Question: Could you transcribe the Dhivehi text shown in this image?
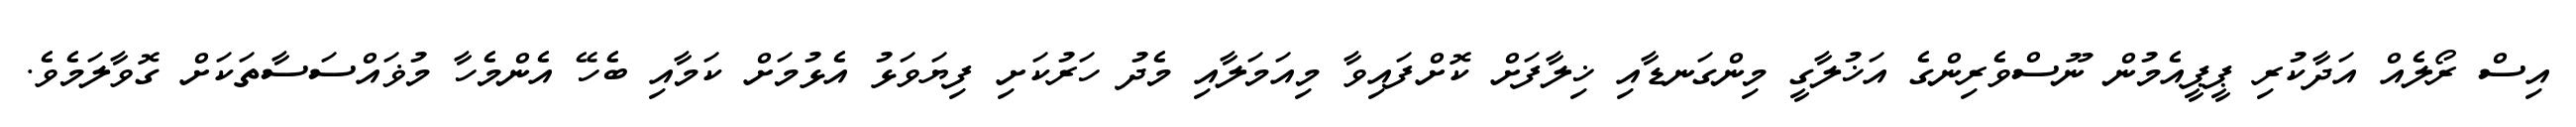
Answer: އިސް ރޯލެއް އަދާކުރި ޕީޕީއެމުން ނޫސްވެރިންގެ އަޚުލާގީ މިންގަނޑާއި ޚިލާފަށް ކޮށްފައިވާ މިއަމަލާއި މެދު ހަރުކަށި ފިޔަވަޅު އެޅުމަށް ކަމާއި ބެހޭ އެންމެހާ މުޥައްސަސާތަކަށް ގޮވާލަމެވެ.